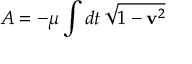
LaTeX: { \cal A } = - \mu \int d t \, \sqrt { 1 - { \bf v } ^ { 2 } }